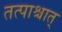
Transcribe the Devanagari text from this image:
तत्पाश्चात्